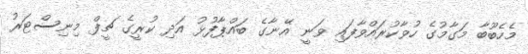
މެހެބޫބާ މަގާމުގެ ހުވާކުރައްވާފައި ވަނީ އޭނާގެ ބައްޕާފުޅު އަދި ކުރީގެ ޗީފް މިނިސްޓަރު